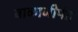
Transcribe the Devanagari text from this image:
बाळाजीपंत